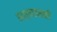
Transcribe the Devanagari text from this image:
सत्ताइसवीं